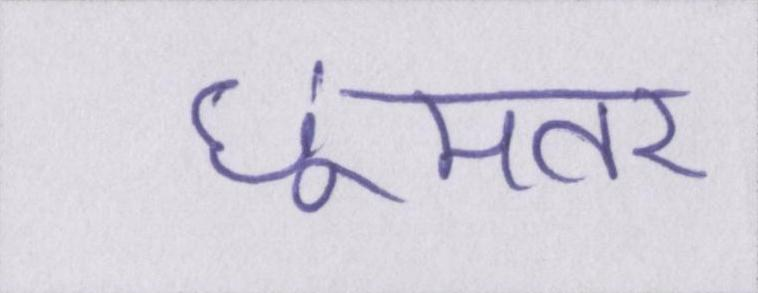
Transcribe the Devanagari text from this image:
छूमंतर